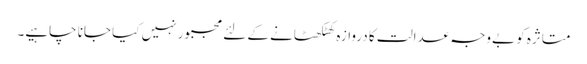
متاثرہ کو بےوجہ عدالت کا دروازہ کھٹکھٹانے کے لئے مجبور نہیں کیا جانا چاہیے۔